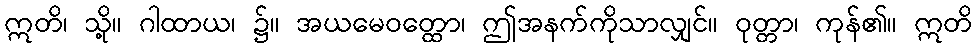
ဣတိ၊ သို့။ ဂါထာယ၊ ၌။ အယမေဝတ္ထော၊ ဤအနက်ကိုသာလျှင်။ ဝုတ္တာ၊ ကုန်၏။ ဣတိ